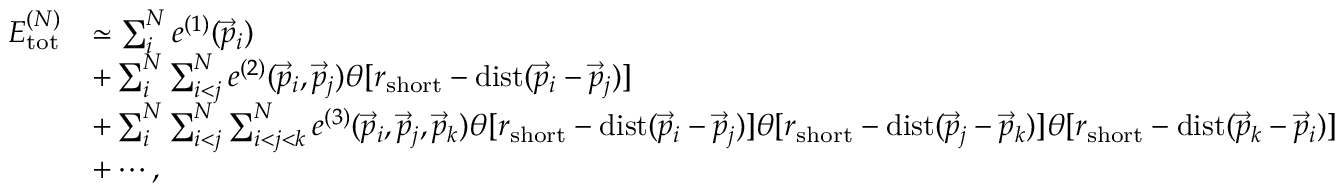
\begin{array} { r l } { E _ { \mathrm { t o t } } ^ { ( N ) } } & { \simeq \sum _ { i } ^ { N } e ^ { ( 1 ) } ( \vec { p } _ { i } ) } \\ & { + \sum _ { i } ^ { N } \sum _ { i < j } ^ { N } e ^ { ( 2 ) } ( \vec { p } _ { i } , \vec { p } _ { j } ) \theta [ r _ { \mathrm { s h o r t } } - \mathrm { d i s t } ( \vec { p } _ { i } - \vec { p } _ { j } ) ] } \\ & { + \sum _ { i } ^ { N } \sum _ { i < j } ^ { N } \sum _ { i < j < k } ^ { N } e ^ { ( 3 ) } ( \vec { p } _ { i } , \vec { p } _ { j } , \vec { p } _ { k } ) \theta [ r _ { \mathrm { s h o r t } } - \mathrm { d i s t } ( \vec { p } _ { i } - \vec { p } _ { j } ) ] \theta [ r _ { \mathrm { s h o r t } } - \mathrm { d i s t } ( \vec { p } _ { j } - \vec { p } _ { k } ) ] \theta [ r _ { \mathrm { s h o r t } } - \mathrm { d i s t } ( \vec { p } _ { k } - \vec { p } _ { i } ) ] } \\ & { + \cdots , } \end{array}